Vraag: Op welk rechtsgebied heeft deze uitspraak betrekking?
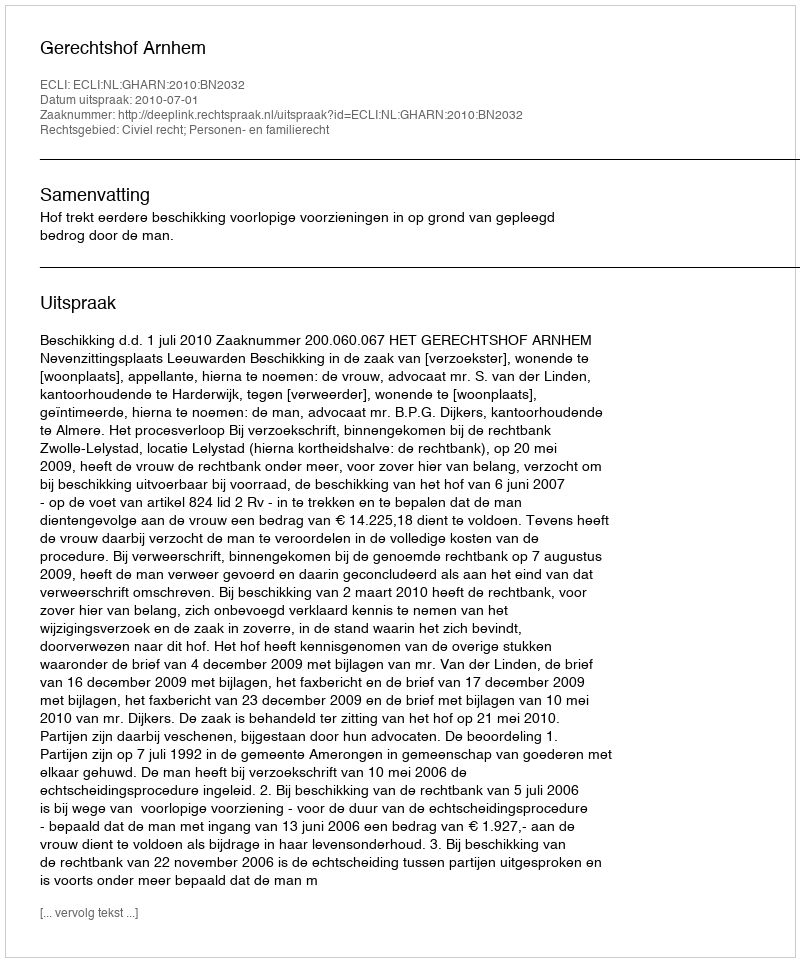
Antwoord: Civiel recht; Personen- en familierecht